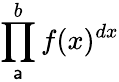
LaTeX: \prod_{\mathsf{a}}^{b}f(x)^{dx}